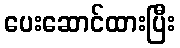
ပေးဆောင်ထားပြီး